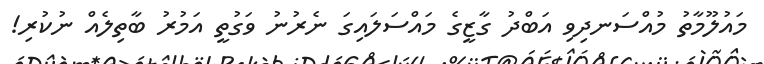
މައުލޫމާތު މުއްސަނދިވި އަބްދު ގާޒީގެ މައްސަލައިގަ ނެރުނު ވަގުތީ އަމުރު ބާތިލެއް ނުކުރި!